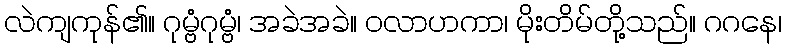
လဲကျကုန်၏။ ဂုမ္ဗံဂုမ္ဗံ၊ အခဲအခဲ။ ဝလာဟကာ၊ မိုးတိမ်တို့သည်။ ဂဂနေ၊